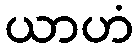
ယာဟံ